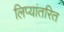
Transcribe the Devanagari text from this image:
लिप्यांतरित